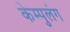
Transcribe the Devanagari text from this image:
केम्पुलंग